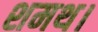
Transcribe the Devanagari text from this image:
शमथ।